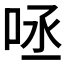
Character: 𠱺